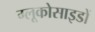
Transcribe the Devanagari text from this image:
ग्लूकोसाइडों